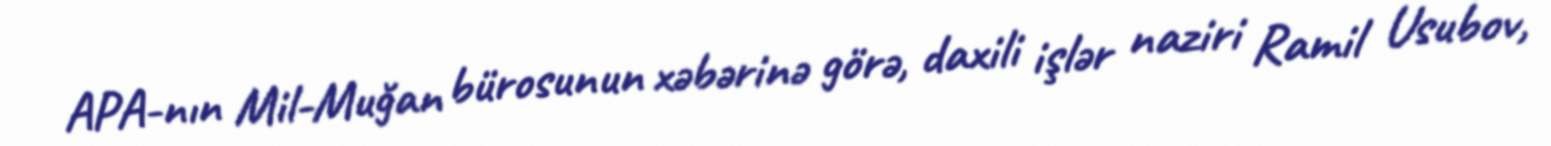
APA-nın Mil-Muğan bürosunun xəbərinə görə, daxili işlər naziri Ramil Usubov,